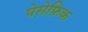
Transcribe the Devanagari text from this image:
पेसेफ़िक